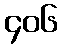
၄၀၆